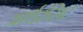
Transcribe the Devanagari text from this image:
आर्थरसिट